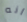
انه